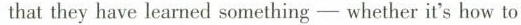
that they have learned something - whether it's how to